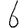
Digit: 6